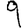
Digit: 9